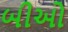
બીઓ